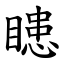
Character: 瞣